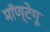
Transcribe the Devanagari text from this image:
मॉण्टेगू